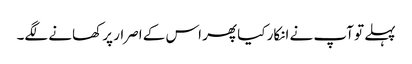
پہلے تو آپ نے انکار کیا پھر اس کے اصرار پر کھانے لگے۔